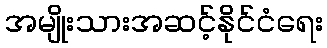
အမျိုးသားအဆင့်နိုင်ငံရေး